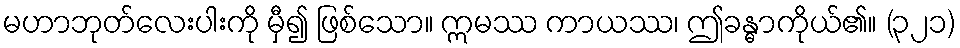
မဟာဘုတ်လေးပါးကို မှီ၍ ဖြစ်သော။ ဣမဿ ကာယဿ၊ ဤခန္ဓာကိုယ်၏။ (၃၂၁)